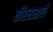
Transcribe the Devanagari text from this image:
वीररसाचे